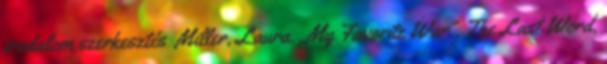
irodalom szerkesztés Miller, Laura. „My Favorite War”, The Last Word,